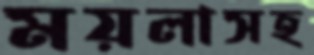
ময়লাসহ